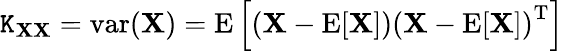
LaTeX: \operatorname{\mathtt{K}}_{\mathbf{{X}}\mathbf{{X}}}=\operatorname{var}(\mathbf{{X}})=\operatorname{E}\left[\left(\mathbf{{X}}-\operatorname{E}[\mathbf{{X}}]\right)\left(\mathbf{{X}}-\operatorname{E}[\mathbf{{X}}]\right)^{\mathrm{{{T}}}}\right]